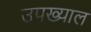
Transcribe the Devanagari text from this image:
उपख्याल